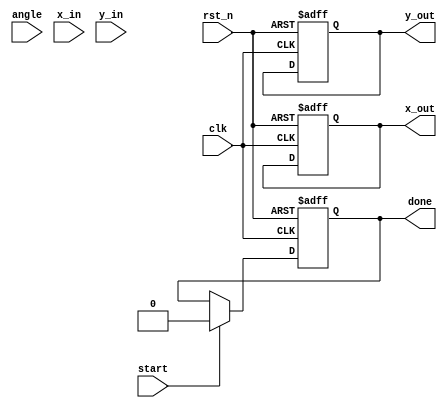
module pipeline_cordic #(
    parameter N = 16, // Number of pipeline stages
    parameter WIDTH = 16 // Bit-width for fixed-point representation
)(
    input wire clk,
    input wire rst_n,
    input wire start,
    input wire [WIDTH-1:0] angle, // Input angle in fixed-point format
    input wire [WIDTH-1:0] x_in,   // Initial x vector
    input wire [WIDTH-1:0] y_in,   // Initial y vector
    output reg [WIDTH-1:0] x_out,  // Output x vector
    output reg [WIDTH-1:0] y_out,  // Output y vector
    output reg done // Operation done signal
);

    // CORDIC constants
    reg [WIDTH-1:0] atan_table [0:N-1]; // Lookup table for arctan values
    reg [WIDTH-1:0] scaling_factor; // Scaling factor for CORDIC
    
    // Pipeline registers
    reg [WIDTH-1:0] x_reg [0:N-1];
    reg [WIDTH-1:0] y_reg [0:N-1];
    reg [WIDTH-1:0] angle_reg [0:N-1];
    reg [N-1:0] direction_reg; // Rotation direction (1 for clockwise, 0 for counter-clockwise)
    
    integer i;

    // Initialize CORDIC constants
    initial begin
        // Populate atan_table with precomputed arctan values
        atan_table[0] = 16'h26B2; // atan(2^-0)
        atan_table[1] = 16'h1D7A; // atan(2^-1)
        atan_table[2] = 16'h14D5; // atan(2^-2)
        atan_table[3] = 16'h0F9D; // atan(2^-3)
        // ... (continue for all N stages)
        
        // Initialize scaling factor
        scaling_factor = 16'h1C71; // Example scaling factor for N stages
    end

    // Control logic
    always @(posedge clk or negedge rst_n) begin
        if (!rst_n) begin
            done <= 0;
            x_out <= 0;
            y_out <= 0;
            for (i = 0; i < N; i = i + 1) begin
                x_reg[i] <= 0;
                y_reg[i] <= 0;
                angle_reg[i] <= 0;
            end
        end else if (start) begin
            // Load initial values into the first stage
            x_reg[0] <= x_in;
            y_reg[0] <= y_in;
            angle_reg[0] <= angle;
            direction_reg <= 0; // Initialize direction
            done <= 0;
        end else begin
            // Pipeline processing
            for (i = 0; i < N-1; i = i + 1) begin
                x_reg[i+1] <= x_reg[i];
                y_reg[i+1] <= y_reg[i];
                angle_reg[i+1] <= angle_reg[i];
                direction_reg[i+1] <= direction_reg[i];
            end
            
            // CORDIC rotation decision and coordinate updates
            for (i = 0; i < N; i = i + 1) begin
                if (angle_reg[i] < 0) begin
                    // Rotate clockwise
                    x_reg[i] <= x_reg[i] + (y_reg[i] >>> i);
                    y_reg[i] <= y_reg[i] - (x_reg[i] >>> i);
                    angle_reg[i] <= angle_reg[i] + atan_table[i];
                    direction_reg[i] <= 1;
                end else begin
                    // Rotate counter-clockwise
                    x_reg[i] <= x_reg[i] - (y_reg[i] >>> i);
                    y_reg[i] <= y_reg[i] + (x_reg[i] >>> i);
                    angle_reg[i] <= angle_reg[i] - atan_table[i];
                    direction_reg[i] <= 0;
                end
            end
            
            // Final output after the last stage
            if (i == N-1) begin
                x_out <= x_reg[N-1] * scaling_factor; // Apply scaling
                y_out <= y_reg[N-1] * scaling_factor; // Apply scaling
                done <= 1; // Indicate operation is done
            end
        end
    end

endmodule